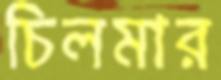
চিলমার